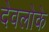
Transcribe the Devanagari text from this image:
देवलोके